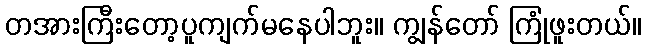
တအားကြီးတော့ပူကျက်မနေပါဘူး။ ကျွန်တော် ကြုံဖူးတယ်။